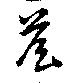
詹